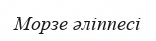
Морзе әліппесі